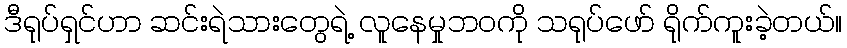
ဒီရုပ်ရှင်ဟာ ဆင်းရဲသားတွေရဲ့ လူနေမှုဘဝကို သရုပ်ဖော် ရိုက်ကူးခဲ့တယ်။